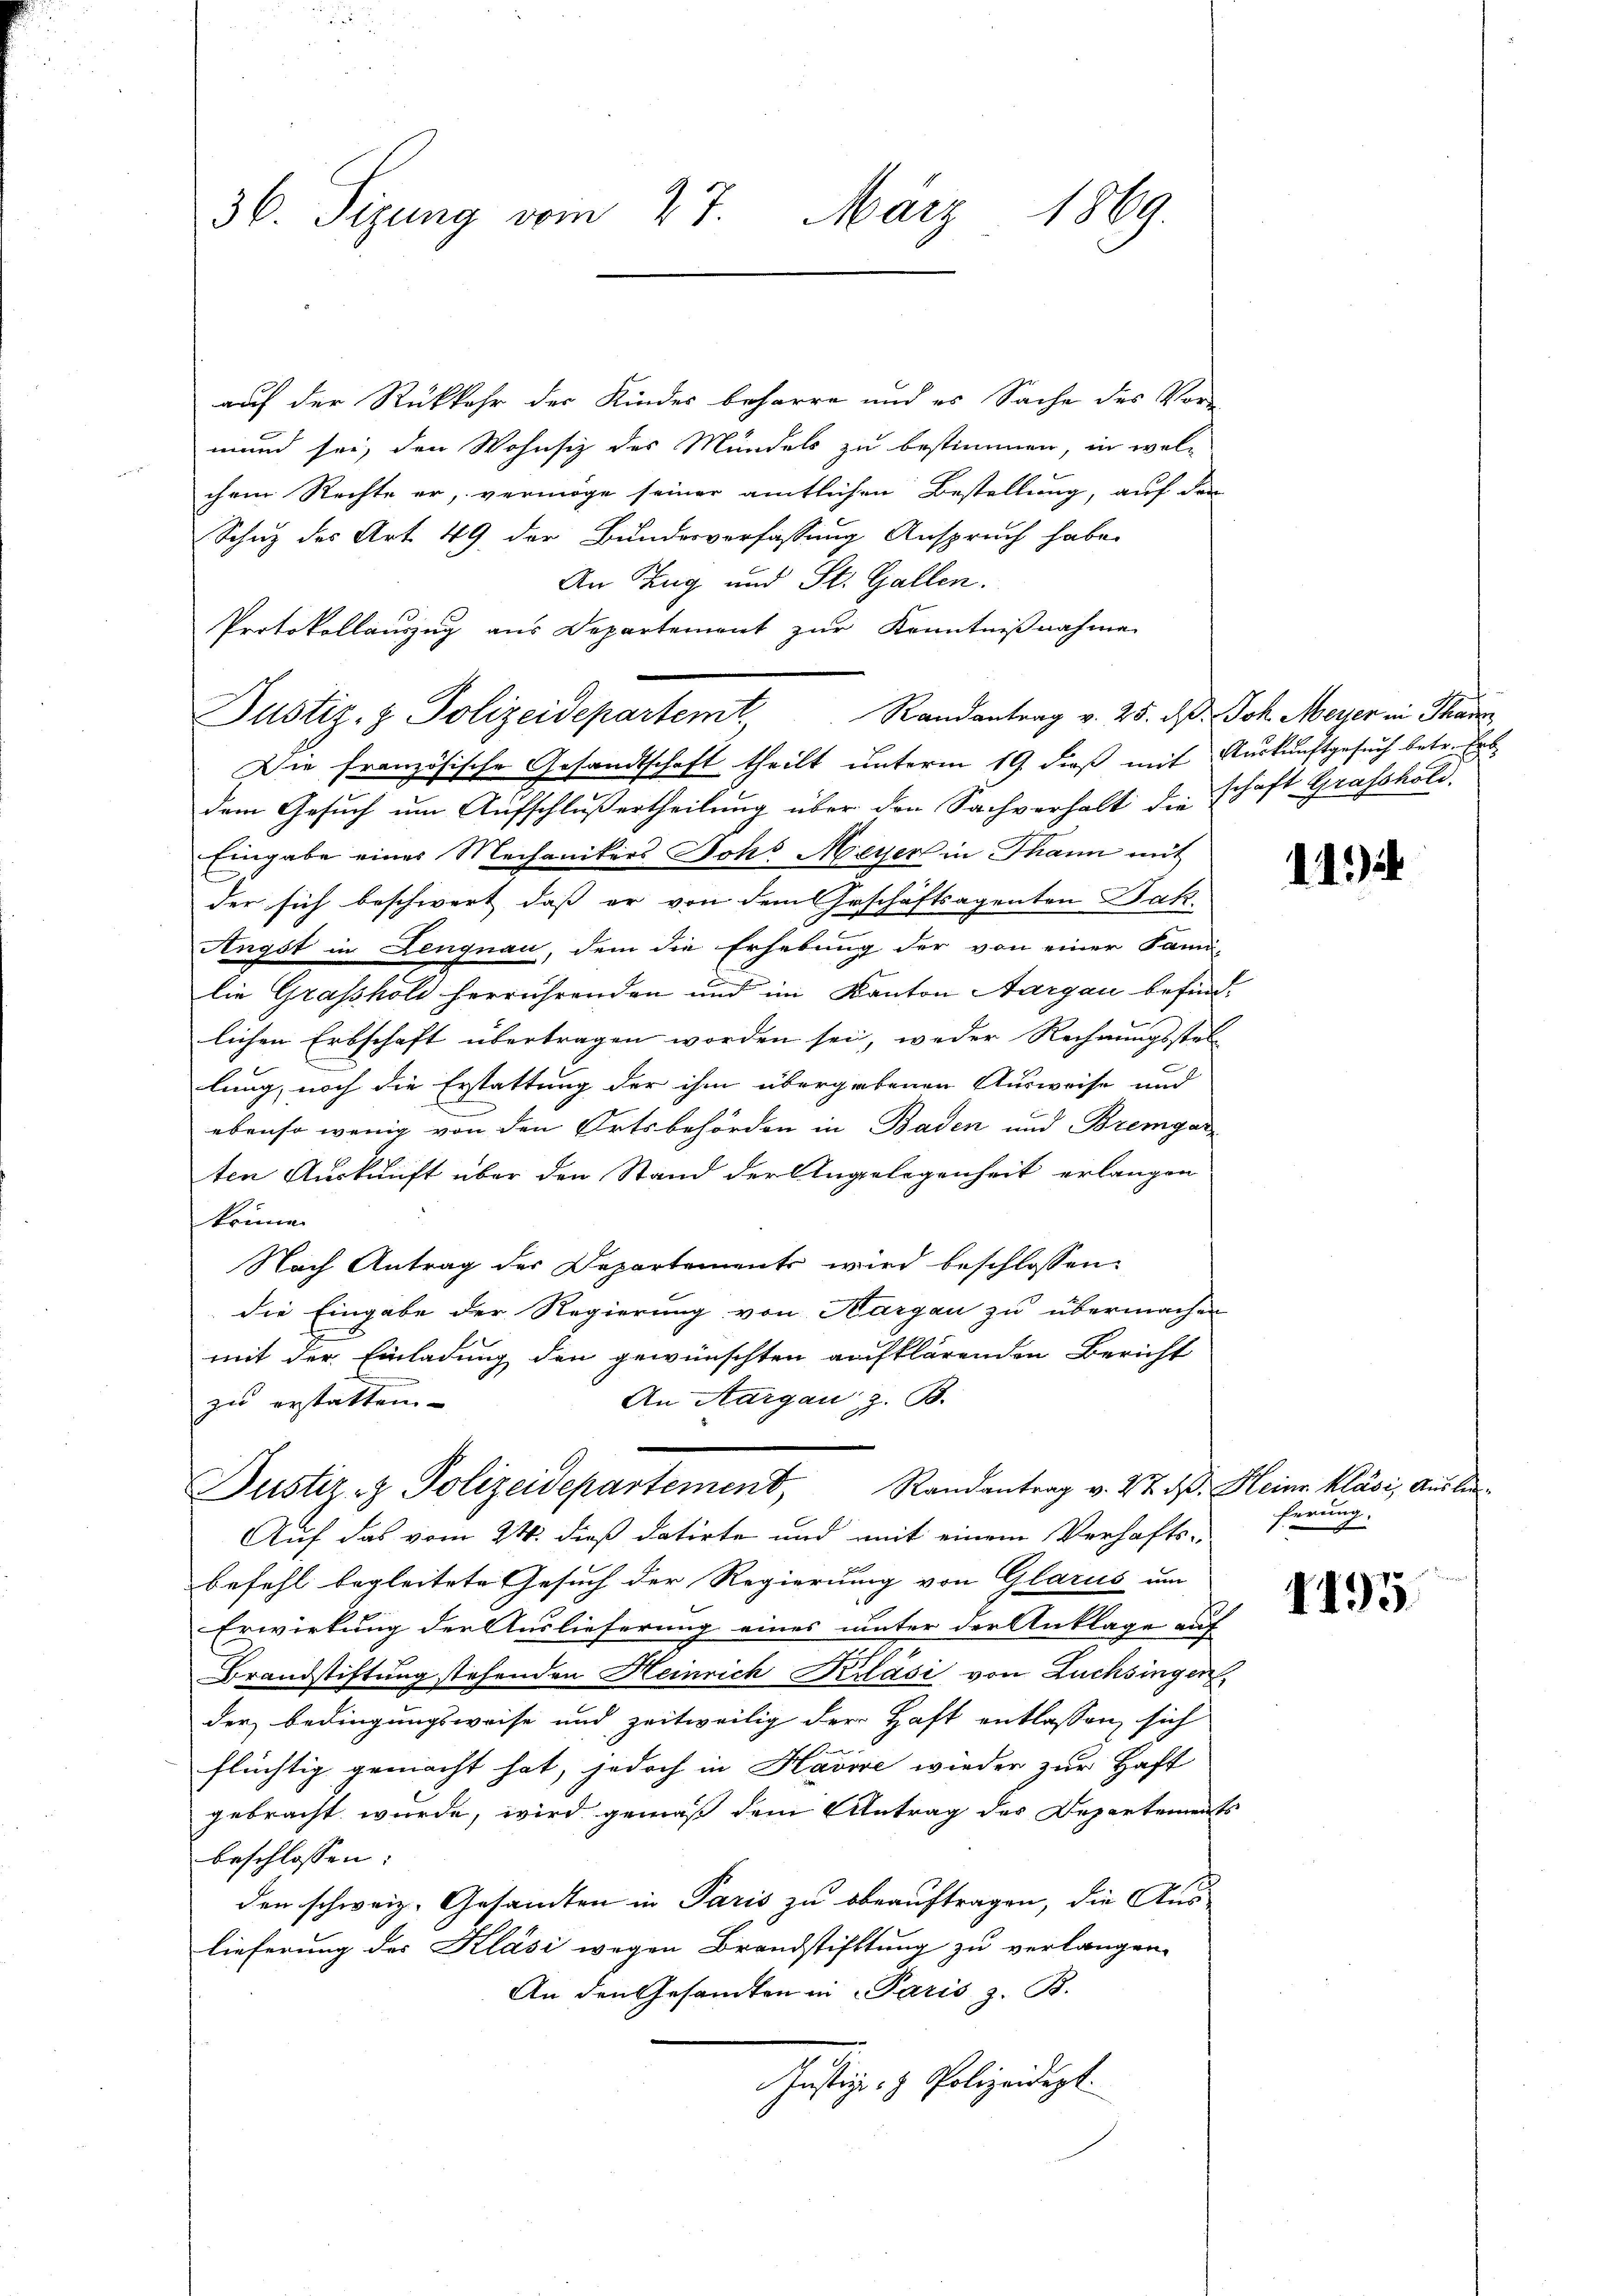
36. Sizung vom 27. März 1869.

auf der Rückkehr der Kinder beharre und es Sache des Vormund sei, den Wohnsiz des Mündels zu bestimmen, in welchem Rechte er, vermöge seiner amtlichen Bestellung, auf den
Schuz des Art. 49, der Bundesverfassung Anspruch habe
An Zug und St. Gallen.
Protokollauszug aus Departement zur Kenntnißnahme
Justiz- & Polizeidepartemt, Randantrag v. 25. d. Joh. Meyer in Taus
Die französische Gesandtschaft theilt unterm 19. dieß mit Auskunftgesuch betr. Erbdem Gesŭch ŭm Aŭfschlŭβertheilŭng über den Sachverhalt die schaft Grafshold.
Eingabe eines Mechanikers Joh. Meyer in Thann mit
der sich beschwert, daß er von dem Geschäftsagenten Jak.
Angst in Lengnau, dem die Erhebung der von einer Fami-
lie Grasshöle herrührenden und im Kanton Aargau befindlichen Erbschaft übertragen worden sei, weder Rechnungsstel-
lung, noch die Erstattung der ihm übergabenen Ausweise und
ebenso wenig von den Ortsbehörden in Baden und Bremgar
ten Auskunft über den Stand der Angelegenheit erlangen
könne.
Nach Antrag der Departements wird beschlossen:
die Eingabe der Regierung von Aargau zu übermachen
mit der Einladung den gewünschten aufklärenden Bericht
An Aargau z. B.
zu erstatten.
Justiz- & Polizeidepartement, Randantrag v. 27. d. Heine kläsi, Auslan¬
Auf das vom 24. dieß datirte und mit einem Verhafts-
befehl begleitete Gesuch der Regierung von Glarus um
Erwirkung der Auslieferung eines unter der Anklage auf
Brandstiftung stehenden Heinrich Krasi von Züchsingen,
der Bedingungsweise und zeitweilig der Haft entlassen, sich
Ehe
flüchtig gemacht hat, jedoch in Havise wieder zur Haft
gebracht wurde, wird gemäß dem Antrag des Departements
beschlossen:
den schweiz. Gesandten in Paris zu beauftragen, die Aus-
lieferung des Kläsi wegen Brandstifttung zu verlangen.
An den Gesandten in Paris z. B.
Justiz- & Polizeidigt.

11.)

ferung.

1195